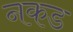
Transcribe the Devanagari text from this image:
नकड